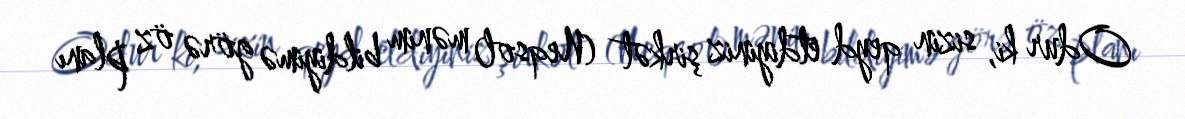
Odur ki, sizin qeyd etdiyiniz şirkət (Neqsol) mənim bildiyimə görə öz planı